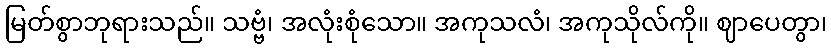
မြတ်စွာဘုရားသည်။ သဗ္ဗံ၊ အလုံးစုံသော။ အကုသလံ၊ အကုသိုလ်ကို။ ဈာပေတွာ၊